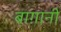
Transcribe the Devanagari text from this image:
बाग़ानी